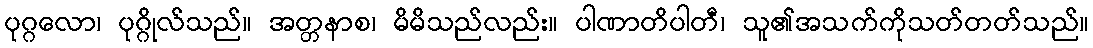
ပုဂ္ဂလော၊ ပုဂ္ဂိုလ်သည်။ အတ္တနာစ၊ မိမိသည်လည်း။ ပါဏာတိပါတီ၊ သူ၏အသက်ကိုသတ်တတ်သည်။